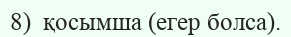
8)  қосымша (егер болса).